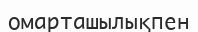
омарташылықпен